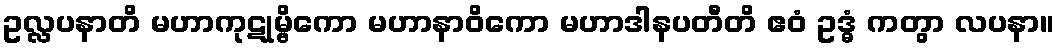
ဥလ္လပနာတိ မဟာကုဋုမ္ဗိကော မဟာနာဝိကော မဟာဒါနပတီတိ ဧဝံ ဥဒ္ဓံ ကတွာ လပနာ။